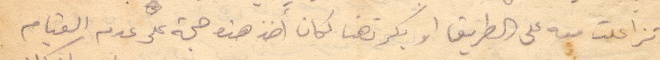
تزاعلت معه على الطريق او بكرتهنا لكان اخذ هذه حجة على عدم القيام